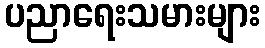
ပညာရေးသမားများ